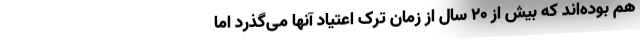
هم بوده‌اند که بیش از ۲۰ سال از زمان ترک اعتیاد آنها می‌گذرد اما